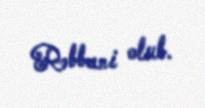
Rəbbani olub.